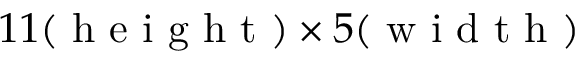
1 1 ( \textrm { h e i g h t } ) \times 5 ( \textrm { w i d t h } )